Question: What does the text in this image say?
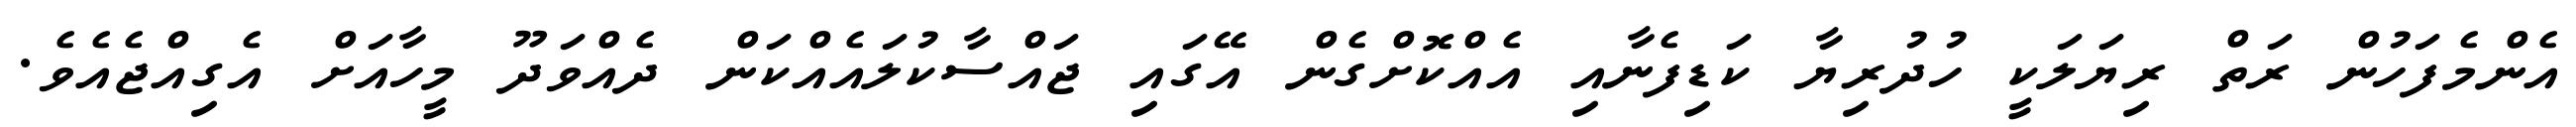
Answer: އެންމެފަހުން ރަތް ރިޔަލަކީ ހުދުރިޔާ ކަޑިފެނާއި އެއްކޮށްގެން އޭގައި ޖައްސާކުލައެއްކަން ދެއްވަދޫ މީހާއަށް އެގިއްޖެއެވެ.